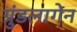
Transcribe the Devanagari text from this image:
ग्रुंडलागेन